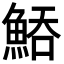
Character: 𩷵